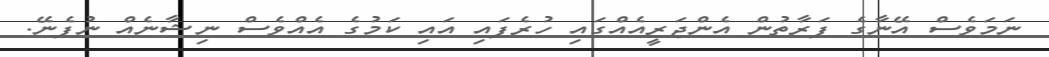
ނަމަވެސް އޭނާގެ ފަރާތުން އެންޖަރީއެއްގައި ހުރެފައި އައި ކަމުގެ އެއްވެސް ނިޝާނެއް ނުފެނޭ.